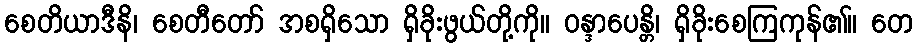
စေတိယာဒီနိ၊ စေတီတော် အစရှိသော ရှိခိုးဖွယ်တို့ကို။ ဝန္ဒာပေန္တိ၊ ရှိခိုးစေကြကုန်၏။ တေ